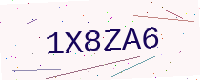
Text: 1X8ZA6